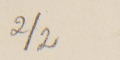
2/2